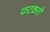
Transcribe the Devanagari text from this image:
फटकती